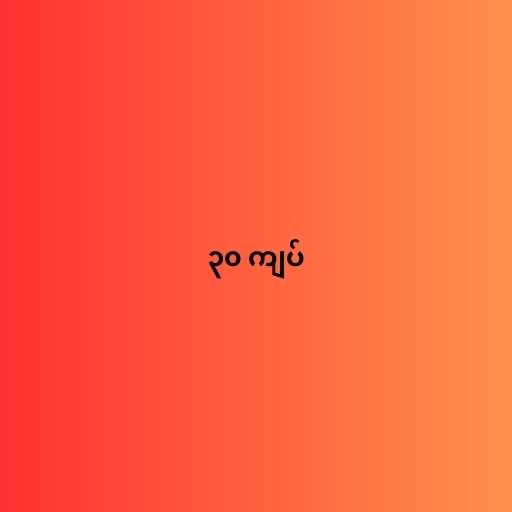
၃၀ ကျပ်